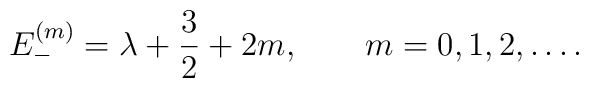
E^{(m)}_{-}=\lambda + {3\over 2} + 2m ,\qquad m=0,1,2,\ldots .